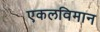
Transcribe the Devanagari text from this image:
एकलविमान